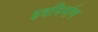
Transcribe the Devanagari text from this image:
इत्रनिर्माण